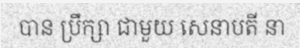
បាន ប្រឹក្សា ជាមួយ សេនាបតី នា